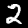
Digit: 2